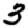
Digit: 3